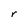
Character: r